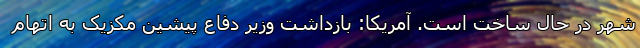
شهر در حال ساخت است. آمریکا: بازداشت وزیر دفاع پیشین مکزیک به اتهام